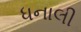
ધનાલી